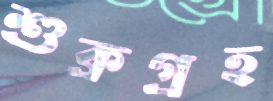
শুক্রগ্রহ